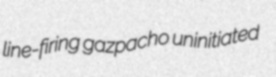
line-firing gazpacho uninitiated